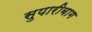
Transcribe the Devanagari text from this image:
सुपारीबाग